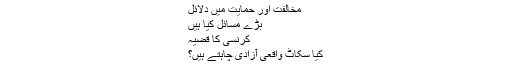
مخالفت اور حمایت میں دلائل
بڑے مسائل کیا ہیں
کرنسی کا قضیہ
کیا سکاٹ واقعی آزادی چاہتے ہیں؟